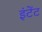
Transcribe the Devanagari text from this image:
इंटेंट